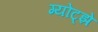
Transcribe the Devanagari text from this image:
ग्योट्झे